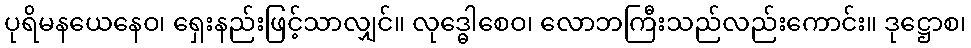
ပုရိမနယေနေဝ၊ ရှေးနည်းဖြင့်သာလျှင်။ လုဒ္ဓေါစေဝ၊ လောဘကြီးသည်လည်းကောင်း။ ဒုဋ္ဌောစ၊